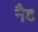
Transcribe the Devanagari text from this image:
नैड